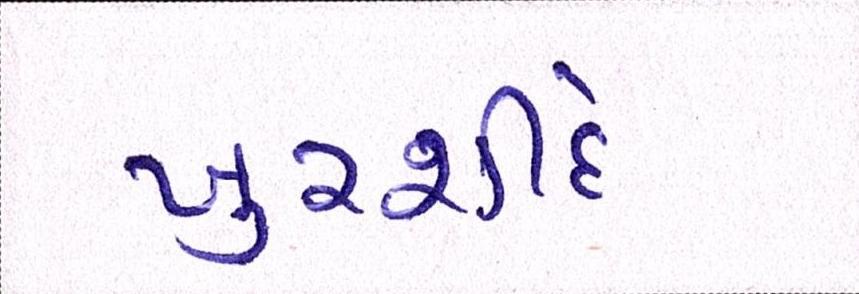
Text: ખુરશીદે